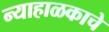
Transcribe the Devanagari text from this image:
न्याहाळकाचे